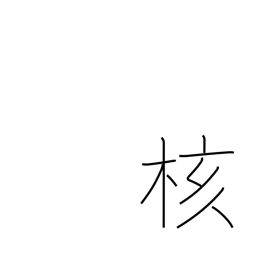
Meaning: core